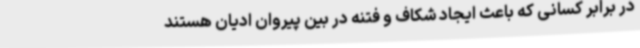
در برابر کسانی که باعث ایجاد شکاف و فتنه در بین پیروان ادیان هستند